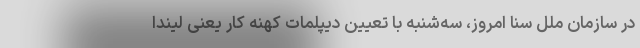
در سازمان ملل سنا امروز، سه‌شنبه با تعیین دیپلمات کهنه کار یعنی لیندا